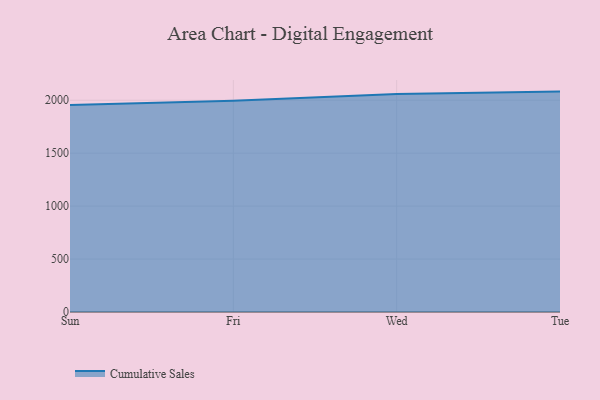
{"axis": {"x": "Day", "y": "Conversion Rate (%)"}, "legend": ["Cumulative Sales"], "data": [{"x": "Sun", "y": 1954.9, "type": "Cumulative Sales"}, {"x": "Fri", "y": 1994.9, "type": "Cumulative Sales"}, {"x": "Wed", "y": 2057.7, "type": "Cumulative Sales"}, {"x": "Tue", "y": 2081.5, "type": "Cumulative Sales"}]}